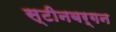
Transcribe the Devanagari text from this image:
स्टीनबर्गन